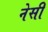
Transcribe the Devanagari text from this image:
नेसी